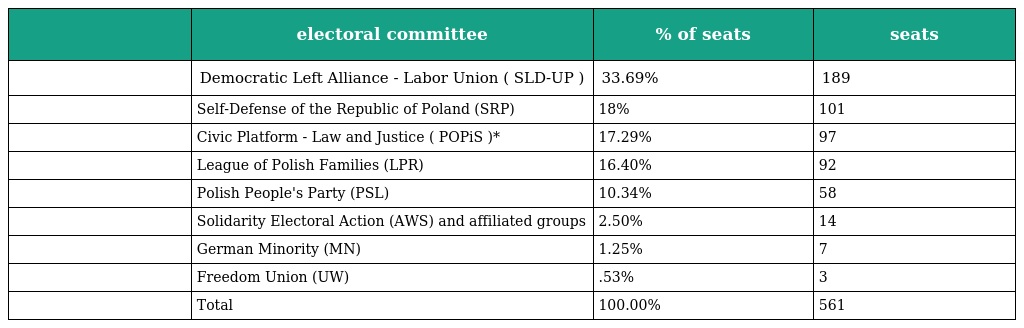
|  | electoral committee | % of seats | seats |
 | --- | --- | --- | --- |
 |  | Democratic Left Alliance - Labor Union ( SLD-UP ) | 33.69% | 189 |
 |  | Self-Defense of the Republic of Poland (SRP) | 18% | 101 |
 |  | Civic Platform - Law and Justice ( POPiS )* | 17.29% | 97 |
 |  | League of Polish Families (LPR) | 16.40% | 92 |
 |  | Polish People's Party (PSL) | 10.34% | 58 |
 |  | Solidarity Electoral Action (AWS) and affiliated groups | 2.50% | 14 |
 |  | German Minority (MN) | 1.25% | 7 |
 |  | Freedom Union (UW) | .53% | 3 |
 |  | Total | 100.00% | 561 |